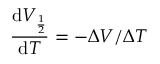
\frac { \mathrm { d } V _ { \frac { 1 } { 2 } } } { \mathrm { d } T } = - \Delta V / \Delta T